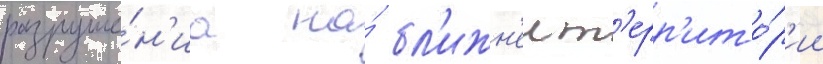
разруше́н'иа на́ бл'ижн'еи т'ерр'ито́р'ии